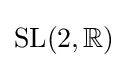
{\mbox{SL}}(2,\mathbb {R} )